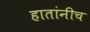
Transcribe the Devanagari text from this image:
हातांनीच